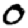
Digit: 0